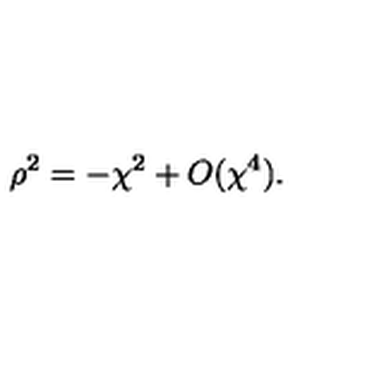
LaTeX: \rho ^ { 2 } = - \chi ^ { 2 } + O ( \chi ^ { 4 } ) .